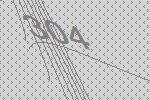
304